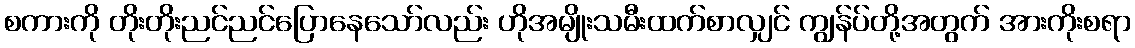
စကားကို တိုးတိုးညင်ညင်ပြောနေသော်လည်း ဟိုအမျိုးသမီးထက်စာလျှင် ကျွန်ပ်တို့အတွက် အားကိုးစရာ